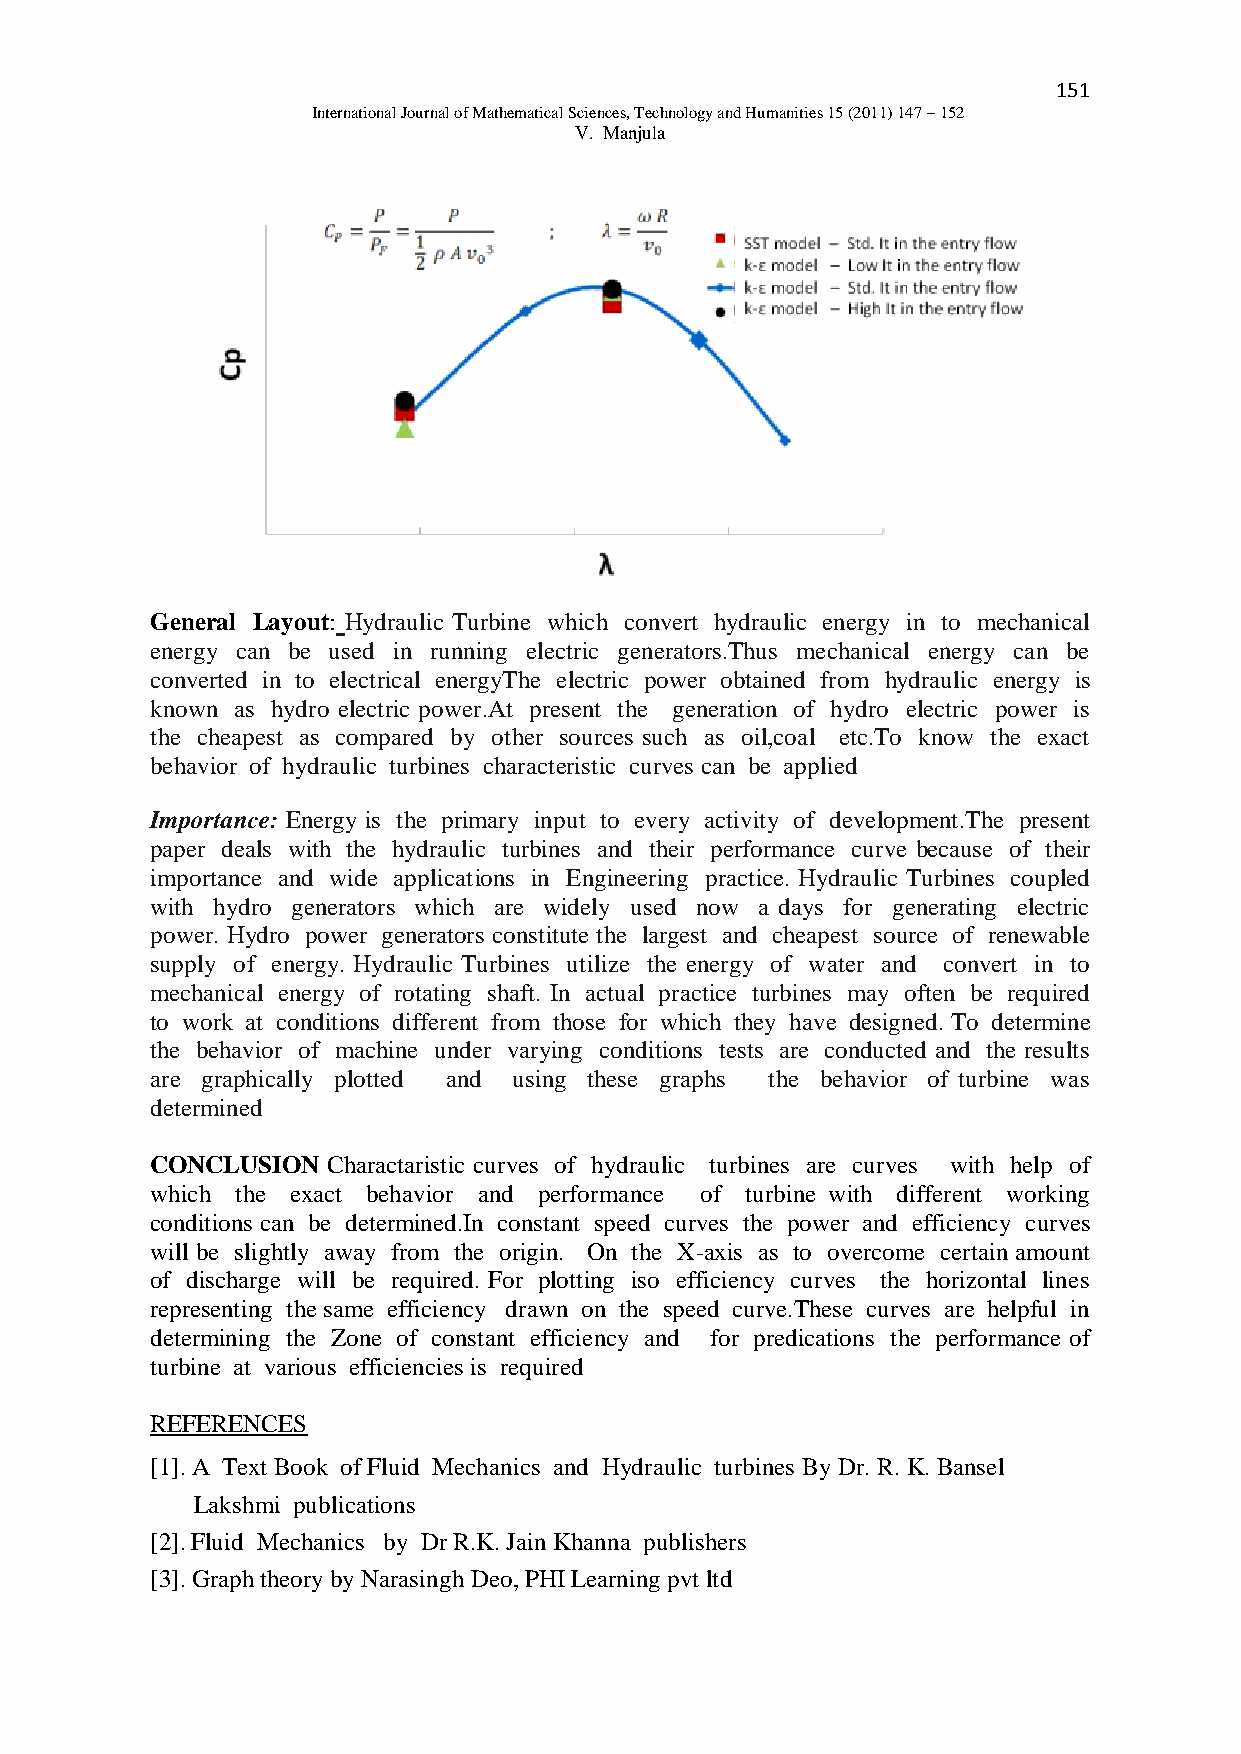
151
 International Journal of Mathematical Sciences, Technology and Humanities 15 (2011) 147 – 152
 V. Manjula
 General Layout: Hydraulic Turbine which convert hydraulic energy in to mechanical
 energy can be used in running electric generators.Thus mechanical energy can be
 converted in to electrical energyThe electric power obtained from hydraulic energy is
 known as hydro electric power.At present the generation of hydro electric power is
 the cheapest as compared by other sources such as oil,coal etc.To know the exact
 behavior of hydraulic turbines characteristic curves can be applied
 Importance: Energy is the primary input to every activity of development.The present
 paper deals with the hydraulic turbines and their performance curve because of their
 importance and wide applications in Engineering practice. Hydraulic Turbines coupled
 with hydro generators which are widely used now a days for generating electric
 power. Hydro power generators constitute the largest and cheapest source of renewable
 supply of energy. Hydraulic Turbines utilize the energy of water and convert in to
 mechanical energy of rotating shaft. In actual practice turbines may often be required
 to work at conditions different from those for which they have designed. To determine
 the behavior of machine under varying conditions tests are conducted and the results
 are graphically plotted and using these graphs the behavior of turbine was
 determined
 CONCLUSION  Charactaristic curves of hydraulic turbines are curves with help of
 which the exact behavior and performance of turbine with different working
 conditions can be determined.In constant speed curves the power and efficiency curves
 will be slightly away from the origin. On the X-axis as to overcome certain amount
 of discharge will be required. For plotting iso efficiency curves the horizontal lines
 representing the same efficiency drawn on the speed curve.These curves are helpful in
 determining the Zone of constant efficiency and for predications the performance of
 turbine at various efficiencies is required
 REFERENCES
 [1]. A Text Book of Fluid Mechanics and Hydraulic turbines By Dr. R. K. Bansel
 Lakshmi publications
 [2]. Fluid Mechanics by Dr R.K. Jain Khanna publishers
 [3]. Graph theory by Narasingh Deo, PHI Learning pvt ltd